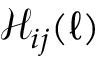
\mathcal { H } _ { i j } ( \boldsymbol { \ell } )